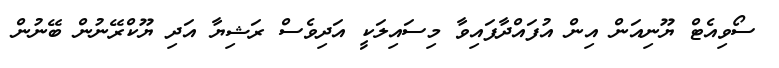
ސޯވިއެޓް ޔޫނިއަން އިން އުފައްދާފައިވާ މިސައިލަކީ އަދިވެސް ރަޝިޔާ އަދި ޔޫކްރޭނުން ބޭނުން